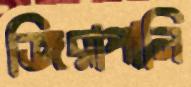
জিরাপানি